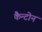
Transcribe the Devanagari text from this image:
कैन्टोन